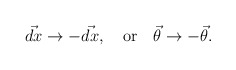
\begin{align*}\vec{dx}\rightarrow -\vec{dx}, \quad {\rm or} \quad \vec{\theta}\rightarrow - \vec{\theta}. \end{align*}